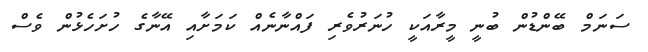
ސަނަމް ބޭންޑުން ބުނީ މީރާއަކީ ހުނަރުވެރި ފައްނާނެއް ކަމަށާއި އޭނާގެ ހުށަހެޅުން ވެސް